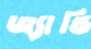
জ্যান্ডি